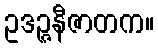
ဥဒဉ္ဇနီဇာတက။